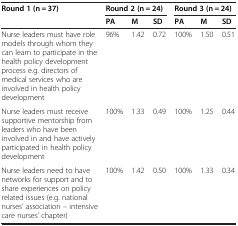
| <ROWSPAN=2> Round 1 (n = 37) | <COLSPAN=3> Round 2 (n = 24) | <COLSPAN=3> Round 3 (n = 24) |
 | PA | M | SD | PA | M | SD |
 | --- | --- | --- | --- | --- | --- | --- |
 | Nurse leaders must have role models through whom they can learn to participate in the health policy development process e.g. directors of medical services who are involved in health policy development | 96% | 1.42 | 0.72 | 100% | 1.50 | 0.51 |
 | Nurse leaders must receive supportive mentorship from leaders who have been involved in and have actively participated in health policy development | 100% | 1.33 | 0.49 | 100% | 1.25 | 0.44 |
 | Nurse leaders need to have networks for support and to share experiences on policy related issues (e.g. national nurses’ association – intensive care nurses’ chapter) | 100% | 1.42 | 0.50 | 100% | 1.33 | 0.34 |